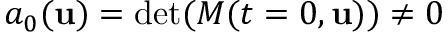
a _ { 0 } ( { \mathbf { u } } ) = \operatorname* { d e t } ( M ( t = 0 , { \mathbf { u } } ) ) \neq 0